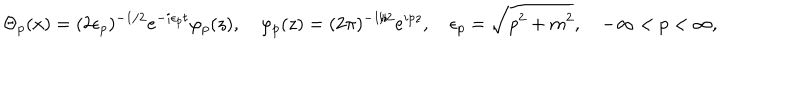
\Theta _ { p } ( x ) = ( 2 \epsilon _ { p } ) ^ { - 1 / 2 } e ^ { - i \epsilon _ { p } t } \varphi _ { p } ( z ) , \quad \varphi _ { p } ( z ) = ( 2 \pi ) ^ { - 1 / 2 } e ^ { i p z } , \quad \epsilon _ { p } = \sqrt { p ^ { 2 } + m ^ { 2 } } , \quad - \infty < p < \infty ,